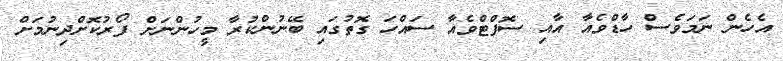
އެހެން ނަމަވެސް ހާޑްވެއާ އާއި ސޮފްޓްވެއާ ސައްހަ ގޮތުގައި ބޭނުންކުރާ މީހުންނަށް ފޯރުކޮށްދިނުމަށް